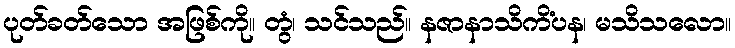
ပုတ်ခတ်သော အဖြစ်ကို။ တွံ၊ သင်သည်။ နဇာနာသိကိံပန၊ မသိသလော။